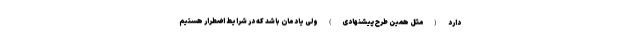
دارد (مثل همین طرح پیشنهادی) ولی یادمان باشد که در شرایط اضطرار هستیم